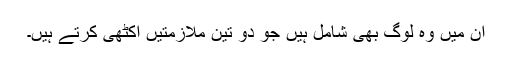
ان میں وہ لوگ بھی شامل ہیں جو دو تین ملازمتیں اکٹھی کرتے ہیں۔